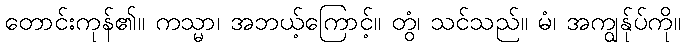
တောင်းကုန်၏။ ကသ္မာ၊ အဘယ့်ကြောင့်။ တွံ၊ သင်သည်။ မံ၊ အကျွန်ုပ်ကို။